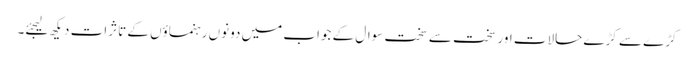
کڑے سے کڑے حالات اور سخت سے سخت سوال کے جواب میں دونوں رہنماؤں کے تاثرات دیکھ لیجئے۔